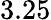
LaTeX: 3.25